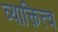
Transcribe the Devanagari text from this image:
व्याक्तित्त्व